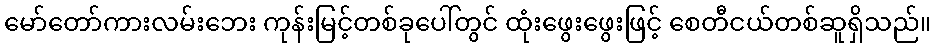
မော်တော်ကားလမ်းဘေး ကုန်းမြင့်တစ်ခုပေါ်တွင် ထုံးဖွေးဖွေးဖြင့် စေတီငယ်တစ်ဆူရှိသည်။